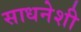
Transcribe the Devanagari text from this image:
साधनेशी